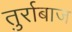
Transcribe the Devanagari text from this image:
तुर्राबाज